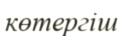
көтергіш